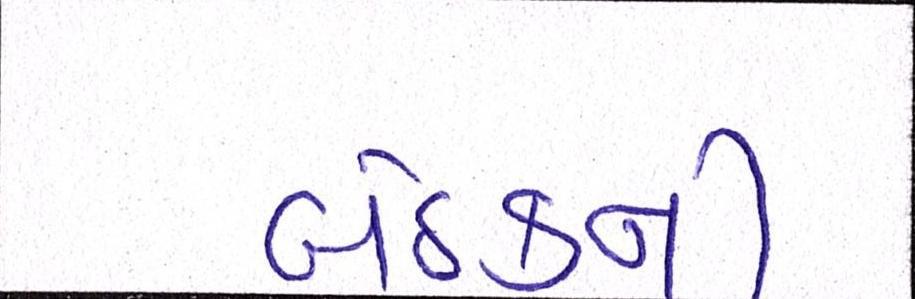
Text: બેઠકની